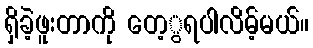
ရှိခဲ့ဖူးတာကို တေ့ွရပါလိမ့်မယ်။